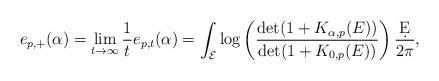
LaTeX: \begin{align*}e_{p,+}(\alpha)=\lim_{t\rightarrow\infty}\frac{1}{t}e_{p,t}(\alpha)=\int_{\cal E}\log\left(\frac{\det(1+ K_{\alpha,p}(E))}{\det(1+K_{0,p}(E))}\right)\frac{\d E}{2\pi}, \end{align*}